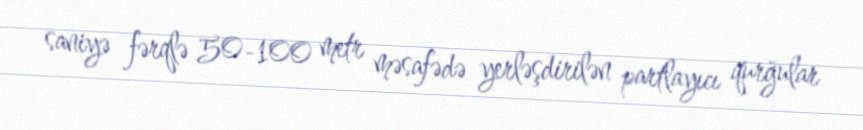
saniyə fərqlə 50-100 metr məsafədə yerləşdirilən partlayıcı qurğular